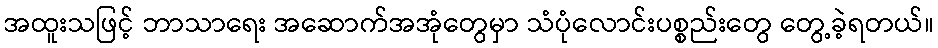
အထူးသဖြင့် ဘာသာရေး အဆောက်အအုံတွေမှာ သံပုံလောင်းပစ္စည်းတွေ တွေ့ခဲ့ရတယ်။